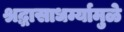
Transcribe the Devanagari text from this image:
श्रद्धासाधर्म्यामुळे